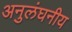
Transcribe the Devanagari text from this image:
अनुलंघनीय